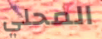
المحلي